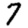
Digit: 7